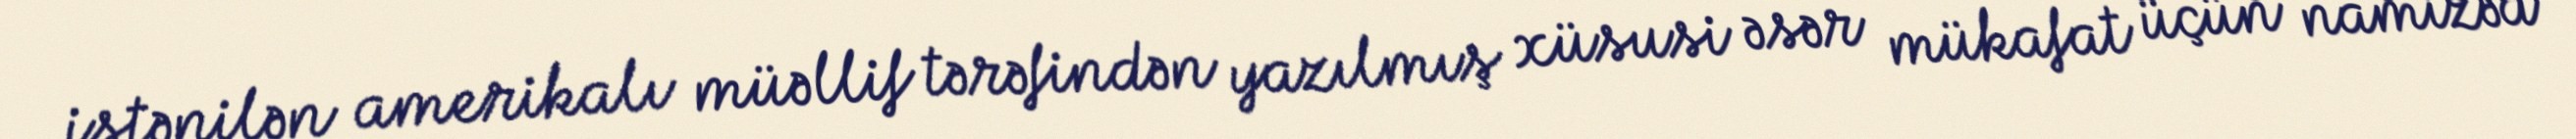
istənilən amerikalı müəllif tərəfindən yazılmış xüsusi əsər mükafat üçün namizəd